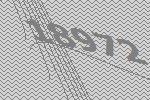
18972